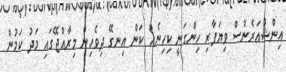
އިންޝުއަރެންސް ވިޔަފާރި ހިންގަނީ ކިހިނެއް ކަން އިނގޭ ދިވެހިން މިރާއްޖޭގައި މަދު ކަމުން